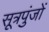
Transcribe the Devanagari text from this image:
सूत्रपुंजों